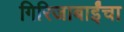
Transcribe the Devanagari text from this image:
गिरिजाबाईंचा